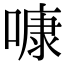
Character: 𠻞